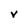
Character: V